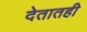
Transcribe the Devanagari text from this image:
देतातही